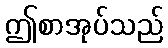
ဤစာအုပ်သည်